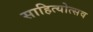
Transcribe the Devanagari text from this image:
साहित्योत्सव